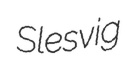
Slesvig